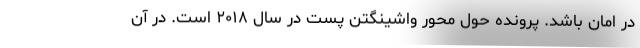
در امان باشد. پرونده حول محور واشینگتن پست در سال ۲۰۱۸ است. در آن